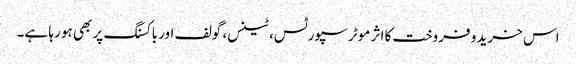
اس خرید و فروخت کا اثر موٹر سپورٹس، ٹینس، گولف اور باکسنگ پر بھی ہو رہا ہے۔